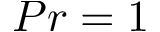
P r = 1